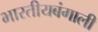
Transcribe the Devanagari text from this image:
भारतीयबंगाली